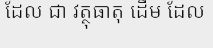
ដែល ជា វត្ថុធាតុ ដើម ដែល